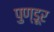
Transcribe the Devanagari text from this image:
पुण्डूर